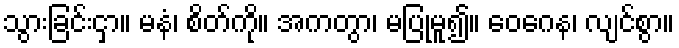
သွားခြင်းငှာ။ မနံ၊ စိတ်ကို။ အကတွာ၊ မပြုမူ၍။ ဝေဂေန၊ လျင်စွာ။